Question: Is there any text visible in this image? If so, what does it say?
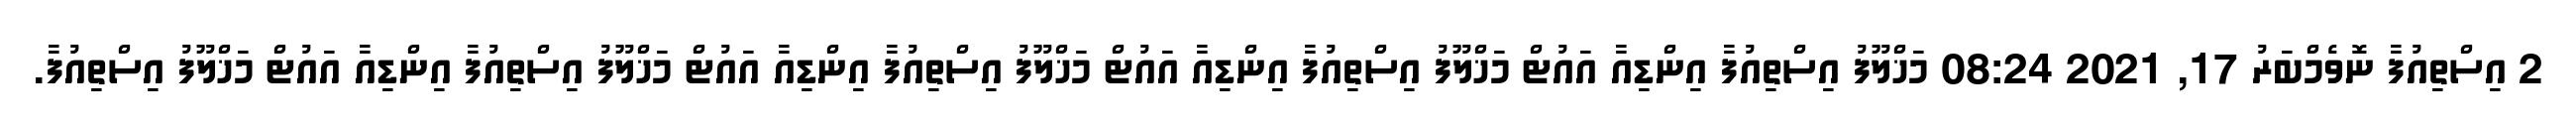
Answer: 2 އިސްތިއުފާ ނޮވެމްބަރު 17, 2021 08:24 މަޚްލޫފު އިސްތިއުފާ އިންޑިއާ އައުޓް މަޚްލޫފު އިސްތިއުފާ އިންޑިއާ އައުޓް މަޚްލޫފު އިސްތިއުފާ އިންޑިއާ އައުޓް މަޚްލޫފު އިސްތިއުފާ އިންޑިއާ އައުޓް މަޚްލޫފު އިސްތިއުފާ.